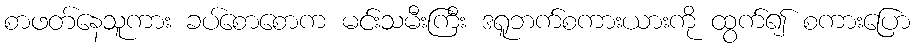
စာဖတ်နေသူကား ခပ်စောစောက မင်းသမီးကြီး ဒရူဘက်စကားယားကို ထွက်၍ စကားပြော